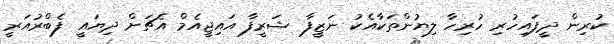
ކުރިން ދީފައިހުރި ހުރިހާ ލިޔުންތަކާއެކު ނަޒީފާ ޝަރީފާ އައިޖީއެމް އެޗަށް ދިޔައީ ފެބްރުއަރީ